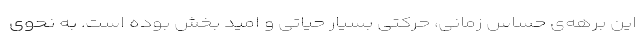
این برهه‌ی حساس زمانی، حرکتی بسیار حیاتی و امید بخش بوده است. به نحوی